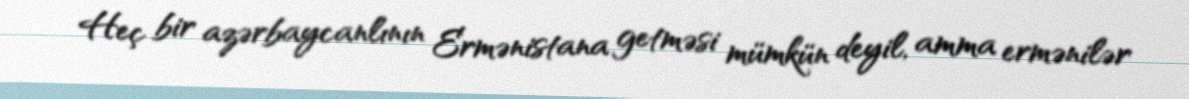
Heç bir azərbaycanlının Ermənistana getməsi mümkün deyil, amma ermənilər